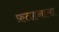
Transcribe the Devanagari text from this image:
फ़तहनामा